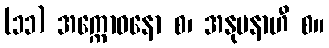
(၁၁) အက္ကောဓနော စ၊ အနုပနာဟီ စ။